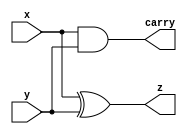
module half_adder (x,y,z,carry);
  input  x;
  input  y;
  output z;
  output carry;
  assign z = x ^ y;
  assign carry = x & y; 
endmodule